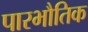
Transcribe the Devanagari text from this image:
पारभौतिक